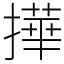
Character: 撶